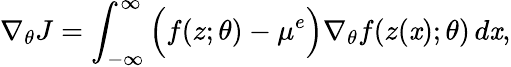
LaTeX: \nabla_{\theta}J=\int_{-\infty}^{\infty}\Big(f(z;\theta)-\mu^{e}\Big)\nabla_{\theta}f(z(\mathit{x});\theta)\, d\mathit{x},